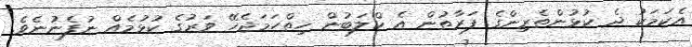
އެކަމަކު ދެ ކުޅުންތެރިންގެ ފަރާތުން އެ ކްލަބުން ހިތްހަމަޖެހޭ ވަރުގެ ކުޅުމެއް ނުފެނުނެވެ.